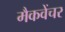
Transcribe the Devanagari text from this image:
मैकवेंचर